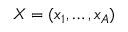
X = ( x _ { 1 } , \ldots , x _ { A } )